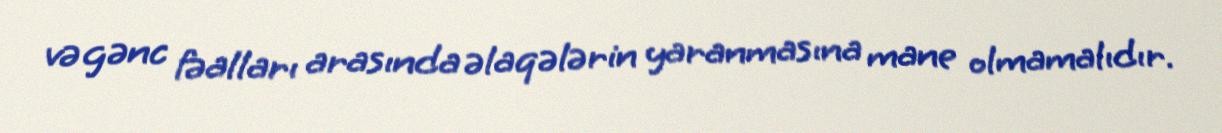
və gənc fəalları arasında əlaqələrin yaranmasına mane olmamalıdır.